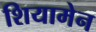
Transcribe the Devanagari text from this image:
शियामेन